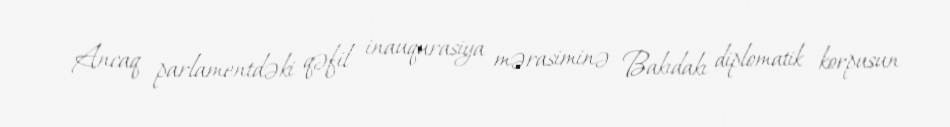
Ancaq parlamentdəki qəfil inauqurasiya mərasiminə Bakıdakı diplomatik korpusun